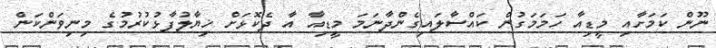
ނޫން ކަމަށާއި މީޑިއާ ހަމަމަގުން ކައްސާލައިގެންދާނަމަ މީޑިއާ އާ ދެކޮޅަށް ޚިޔާލުފާޅުކުރުމުގެ މިނިވަންކަން